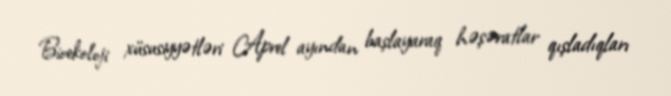
Bioekoloji xüsusiyyətləri Aprel ayından başlayaraq həşəratlar qışladıqları